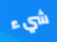
شيء